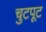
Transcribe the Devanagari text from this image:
चुटपूट